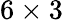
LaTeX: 6\times 3